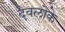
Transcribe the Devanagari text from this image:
देवलोके